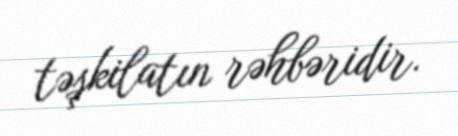
təşkilatın rəhbəridir.